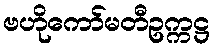
ဗဟိုကော်မတီဥက္ကဋ္ဌ